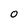
Character: O